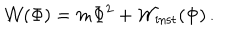
LaTeX: { \cal W } ( \Phi ) = m \Phi ^ { 2 } + { \cal W } _ { \mathrm { i n s t } } ( \Phi ) \, .